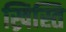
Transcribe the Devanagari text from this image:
ख्रिस्ति